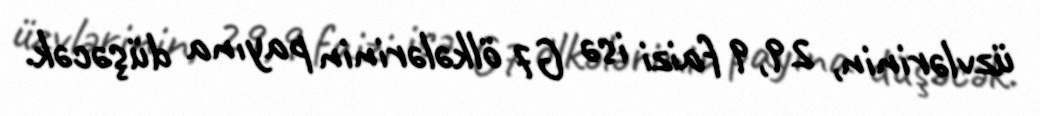
üzvlərinin, 29,9 faizi isə G7 ölkələrinin payına düşəcək.